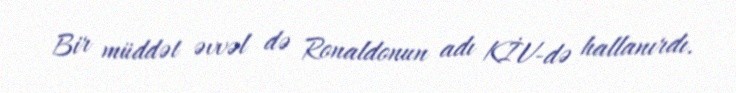
Bir müddət əvvəl də Ronaldonun adı KİV-də hallanırdı.